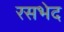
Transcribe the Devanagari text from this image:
रसभेद